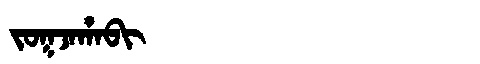
Manchu: ᠵᠣᡴᠵᠠᡥᠠᠪᡳ
Romanization: JOKJAHABI